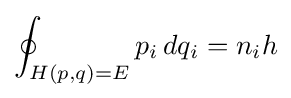
\oint _{H(p,q)=E}p_{i}\,dq_{i}=n_{i}h